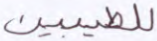
للطيبين